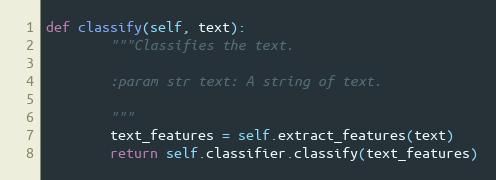
Language: Python
def classify(self, text):
        """Classifies the text.

        :param str text: A string of text.

        """
        text_features = self.extract_features(text)
        return self.classifier.classify(text_features)